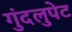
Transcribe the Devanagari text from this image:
गुंदलुपेट